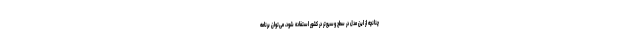
چنانچه از این مدل در سطح وسیع‌تر در کشور استفاده شود، می‌توان برنامه